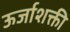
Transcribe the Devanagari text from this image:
ऊर्जाशक्ती